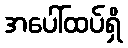
အပေါ်ထပ်ရှိ